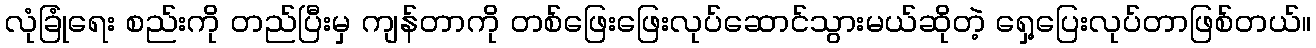
လုံခြုံရေး စည်းကို တည်ပြီးမှ ကျန်တာကို တစ်ဖြေးဖြေးလုပ်ဆောင်သွားမယ်ဆိုတဲ့ ရှေ့ပြေးလုပ်တာဖြစ်တယ်။